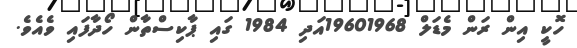
ހޮކީ އިން ރަން މެޑަލް 19601968އަދި 1984 ގައި ޕާކިސްތާން ހޯދާފައި ވެއެވެ.